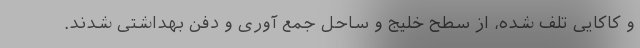
و کاکایی تلف شده، از سطح خلیج و ساحل جمع آوری و دفن بهداشتی شدند.